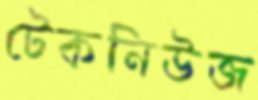
টেকনিউজ